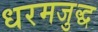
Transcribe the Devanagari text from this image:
धरमजुद्ध